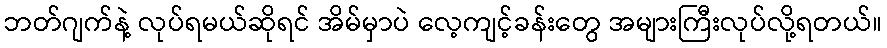
ဘတ်ဂျက်နဲ့ လုပ်ရမယ်ဆိုရင် အိမ်မှာပဲ လေ့ကျင့်ခန်းတွေ အများကြီးလုပ်လို့ရတယ်။